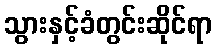
သွားနှင့်ခံတွင်းဆိုင်ရာ